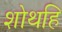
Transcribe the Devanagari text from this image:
शोथहि